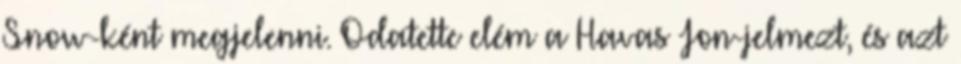
Snow-ként megjelenni. Odatette elém a Havas Jon-jelmezt, és azt